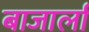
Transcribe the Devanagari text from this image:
बाजार्ला